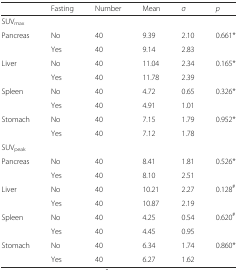
|  | Fasting | Number | Mean | σ | p |
 | --- | --- | --- | --- | --- | --- |
 | <COLSPAN=6> SUVmax |
 | Pancreas | No | 40 | 9.39 | 2.10 | 0.661* |
 |  | Yes | 40 | 9.14 | 2.83 |  |
 | Liver | No | 40 | 11.04 | 2.34 | 0.165* |
 |  | Yes | 40 | 11.78 | 2.39 |  |
 | Spleen | No | 40 | 4.72 | 0.65 | 0.326* |
 |  | Yes | 40 | 4.91 | 1.01 |  |
 | Stomach | No | 40 | 7.15 | 1.79 | 0.952* |
 |  | Yes | 40 | 7.12 | 1.78 |  |
 | <COLSPAN=6> SUVpeak |
 | Pancreas | No | 40 | 8.41 | 1.81 | 0.526* |
 |  | Yes | 40 | 8.10 | 2.51 |  |
 | Liver | No | 40 | 10.21 | 2.27 | 0.128# |
 |  | Yes | 40 | 10.87 | 2.19 |  |
 | Spleen | No | 40 | 4.25 | 0.54 | 0.620# |
 |  | Yes | 40 | 4.45 | 0.95 |  |
 | Stomach | No | 40 | 6.34 | 1.74 | 0.860* |
 |  | Yes | 40 | 6.27 | 1.62 |  |